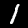
Label: 1